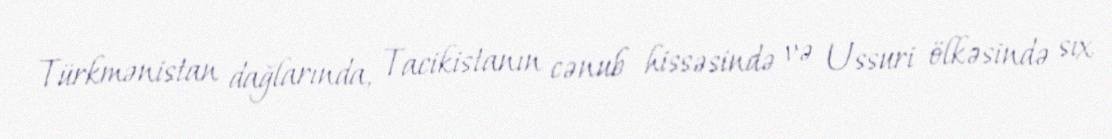
Türkmənistan dağlarında, Tacikistanın cənub hissəsində və Ussuri ölkəsində sıx